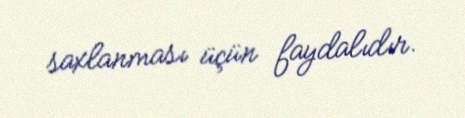
saxlanması üçün faydalıdır.